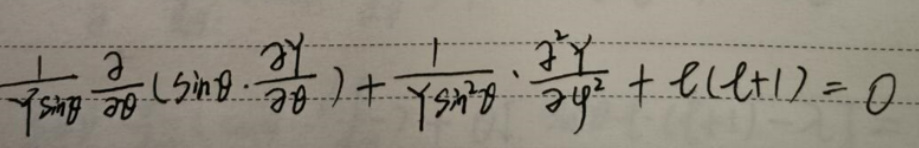
\[
\frac{1}{Y\sin\theta}\frac{\partial}{\partial\theta}\left(\sin\theta\cdot\frac{\partial Y}{\partial\theta}\right)+\frac{1}{Y\sin^{2}\theta}\cdot\frac{\partial^{2}Y}{\partial\varphi^{2}}+\ell(\ell + 1)=0
\]